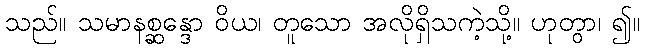
သည်။ သမာနစ္ဆန္ဒော ဝိယ၊ တူသော အလိုရှိသကဲ့သို့။ ဟုတွာ၊ ၍။